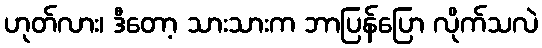
ဟုတ်လား၊ ဒီတော့ သားသားက ဘာပြန်ပြော လိုက်သလဲ